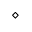
\diamond